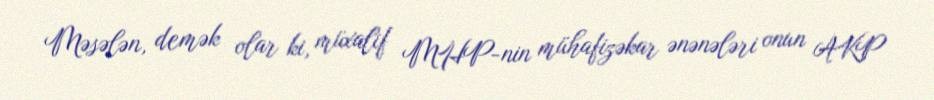
Məsələn, demək olar ki, müxalif MHP-nin mühafizəkar ənənələri onun AKP